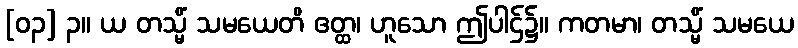
[၀၃] ၃။ ယ တသ္မိံ သမယေတိ ဧတ္ထ၊ ဟူသော ဤပါဌ်၌။ ကတမာ၊ တသ္မိံ သမယေ